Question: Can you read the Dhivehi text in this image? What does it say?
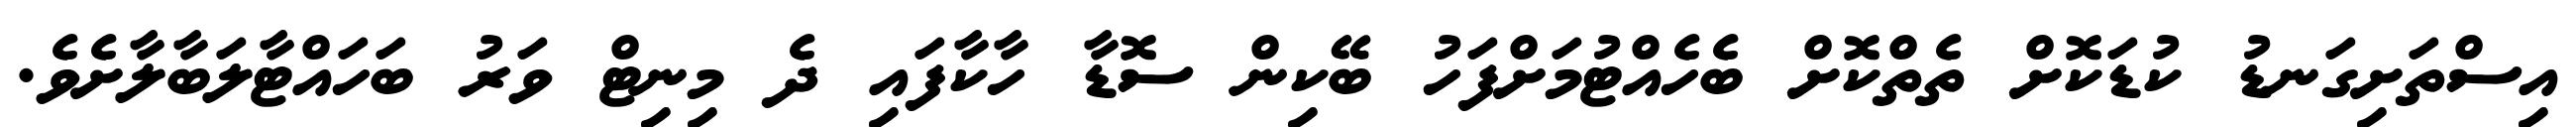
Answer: އިސްތަށިގަނޑު ކުޑަކޮށް ތެތްކޮށް ބެހެއްޓުމަށްފަހު ބޭކިން ސޮޑާ ހާކާފައި ދެ މިނިޓް ވަރު ބަހައްޓާލަބާލާށެވެ.